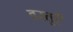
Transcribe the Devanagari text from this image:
वस्तुऍँ